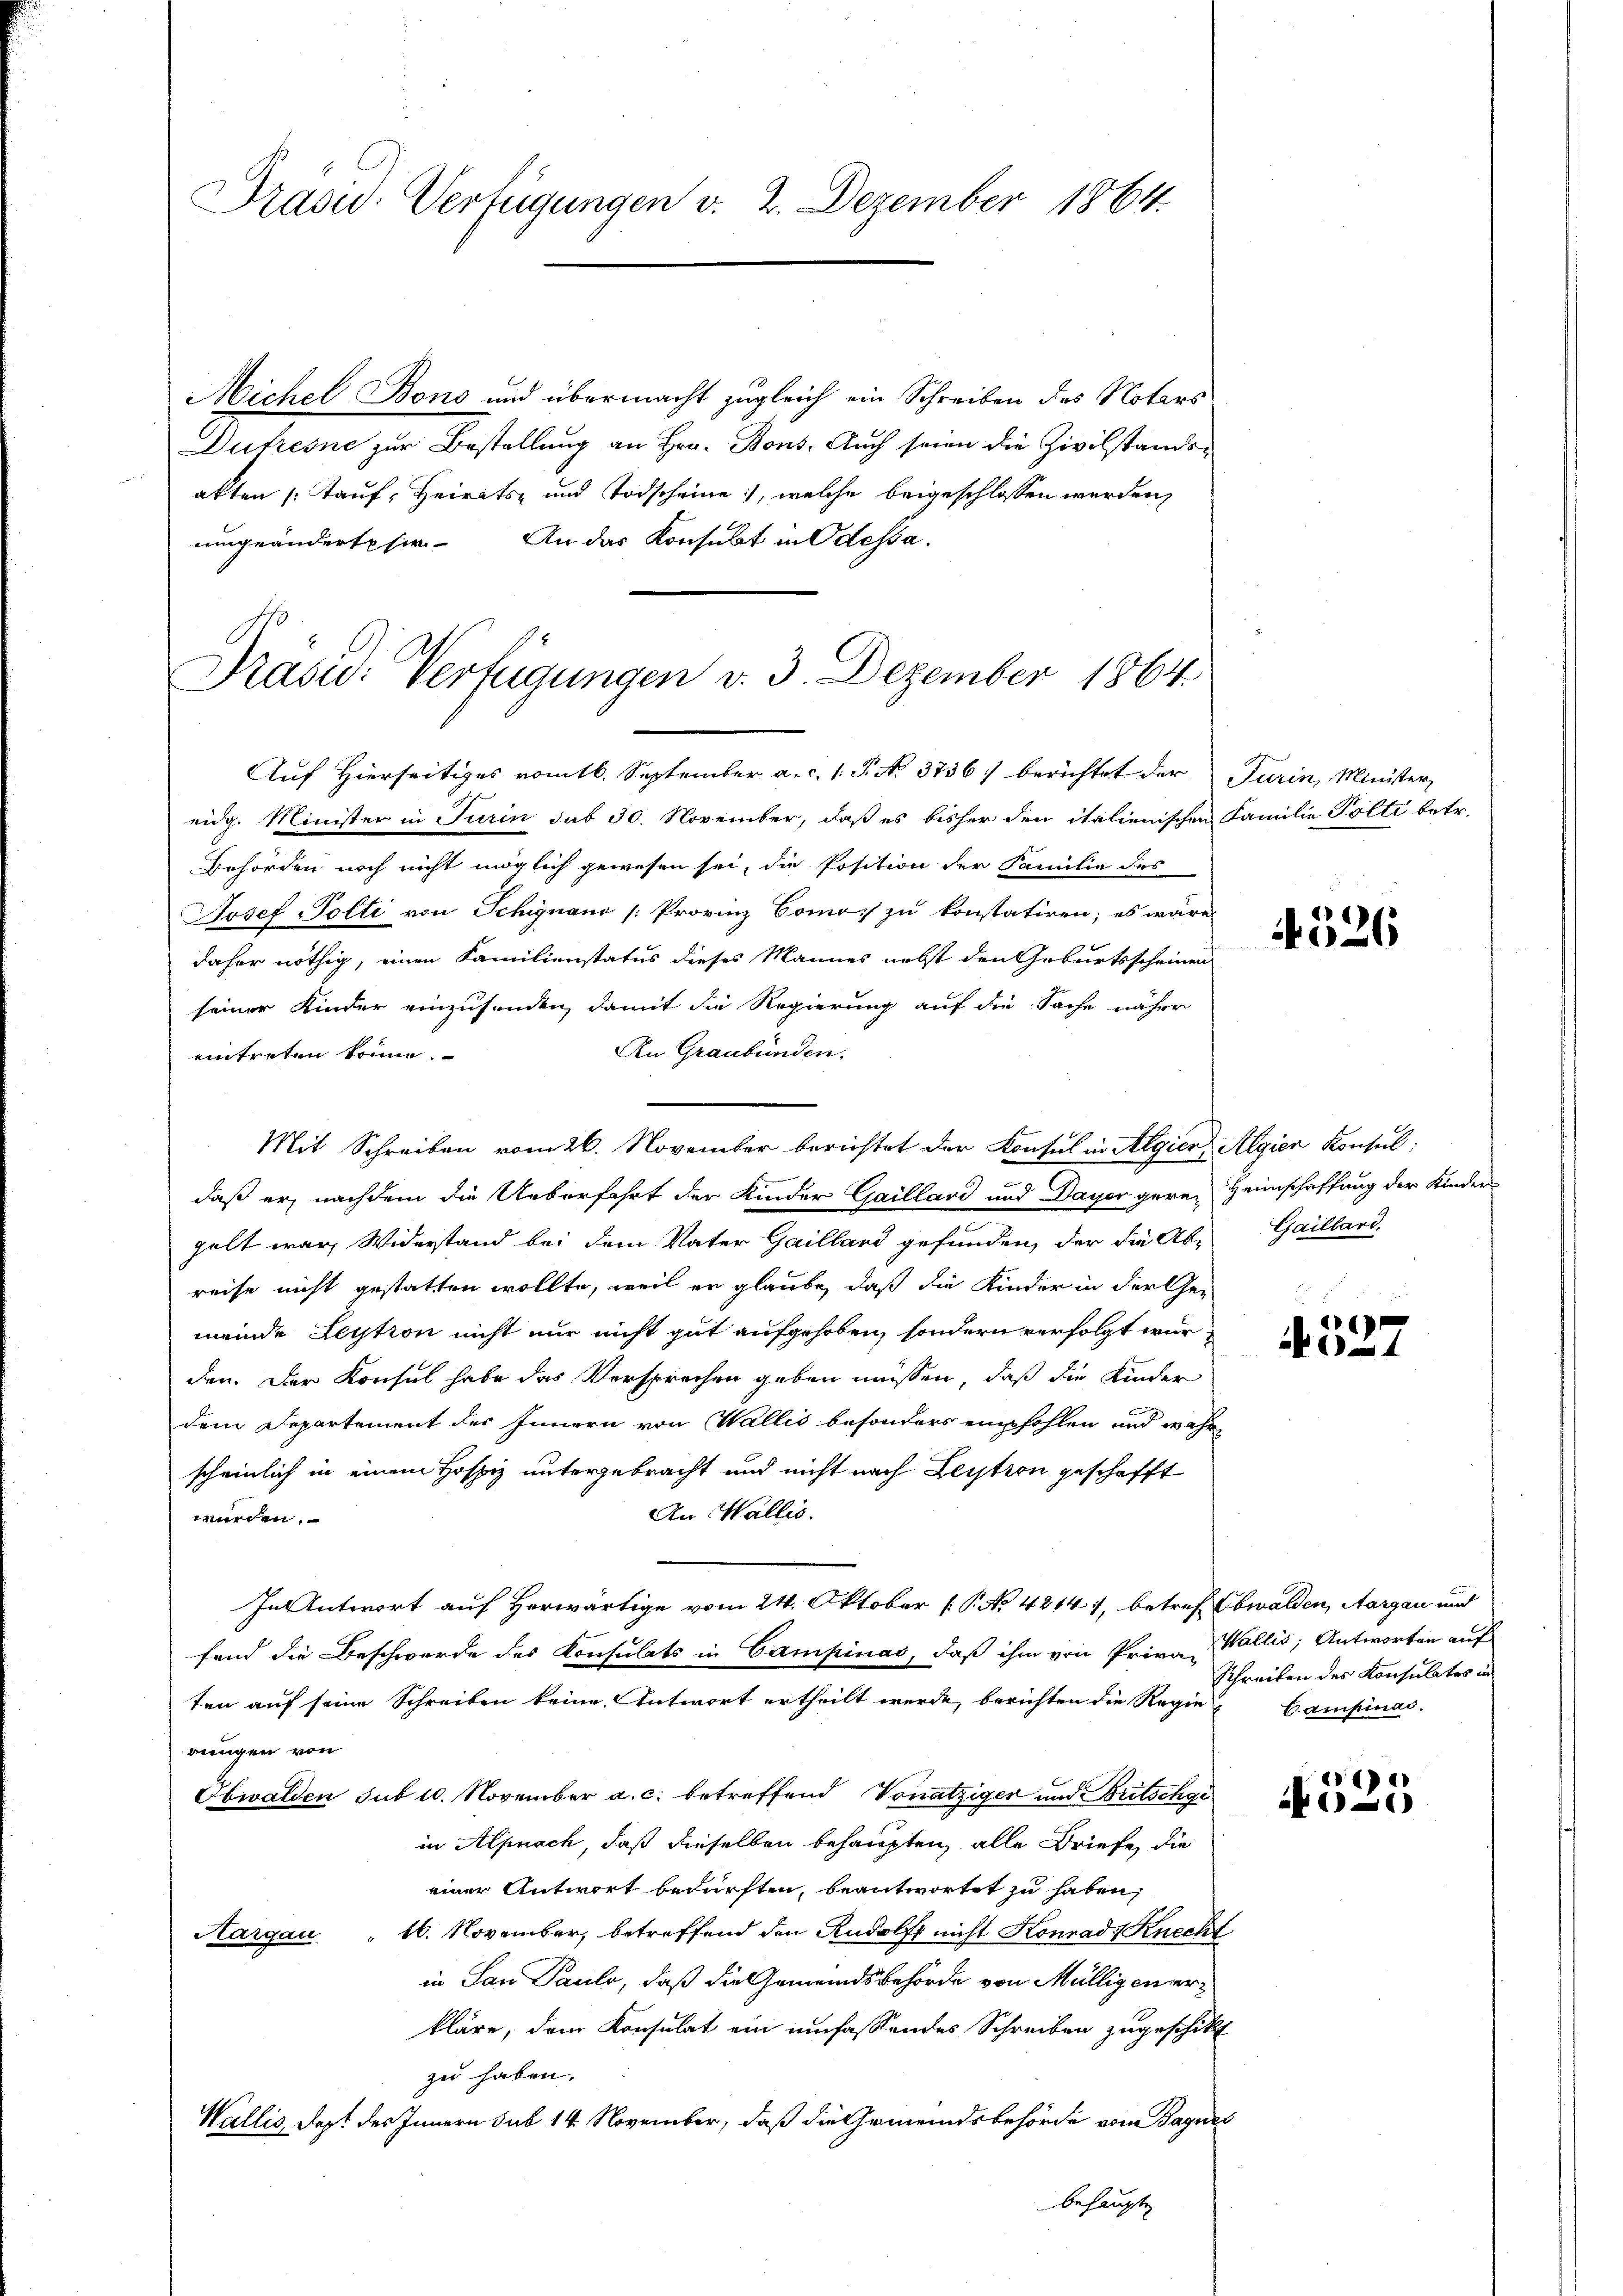
Präsid-Verfügungen v. 2. Dezember 1864.

Michel Bons und übermacht zugleich ein Schreiben des Notars
Dufresne zur Bestellung an Hrn. Bons. Auch seien die Zivilstandsakten Tauf, Heirats- und Todscheine, welche beigeschlossen werden,
umgeänderte sie. An das Konsulat in Odessa.
Prasi: Verfügungen v. 3. Dezember 1864.

Auf Hierseitiges romtl. September a. c. 1 P. No. 3736) berichtet der Turin, Minister
eidg. Minister in Turin sub 30. November, daß es bisher den italienischen Familie Polti betr.
Behörden noch nicht möglich gewesen sei, die Position der Familie des
Josef Polte von Schignano /: Provinz Como zu konstatiren; es wäre
daher nöthig, einen Familienstatus dieses Mannes nebst den Geburtsscheinen
seiner Kinder einzusenden, damit die Regierung auf die Sache näher
An Graubünden.
eintreten könne.
Mit Schreiben vom 26. November berichtet der Konsul in Algier, Algien Konsul
daß er, nachdem die Ueberfahrt der Kinder Gaillard und Dayer gere Heimschaffung der Kinderpelt war, Widerstand bei dem Vater Gaillard gefunden, der die Ab- Gailland.
reise nicht gestatten wollte, weil er glaube, daß die Kinder in der Gemeinde Leytion nicht nur nicht gut aufgehoben, sondern verfolgt wurden. Der Konsul habe das Versprechen geben müssen, daß die Kinder
dem Departement des Innern von Wallis besonders empfohlen und wahrscheinlich in einem Hospiz untergebracht und nicht nach Lection geschafft
An Wallis.
würden.
In Antwort auf Herwärtige vom 24. Oktober [P. No 42141, betref Obwalden, Aargau und
fand die Beschwerde des Konsulats in Campinas, daß ihm von Priva-
ten auf seine Schreiben keine Antwort ertheilt werde, berichten die Regie Campinas.
rungen von
Obwalden sub 10. November a. c. betreffend Vonätziger und Britschgi
in Alpnach, daß dieselben behaupten, alle Briefe, die
einer Antwort bedürften, beantwortet zu haben,
16. November, betreffend den Rudolf nicht Konrad Knecht
Aargau
in San Pauls, daß die Gemeindsbehörde von Mülligenerkläre, dem Konsulat ein umfassendes Schreiben zugeschickt
zu haben.
Wallis, dest des Innern sub 14. November, daß die Gemeindsbehörde vom Jaques
behaupt

4526

16
1

Wallis, Antworten auf
Schreiben des Konsulates in

e
)